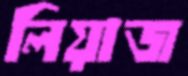
লিয়াজ